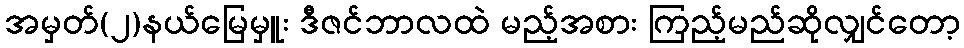
အမှတ်(၂)နယ်မြေမှူး ဒီဇင်ဘာလထဲ မည့်အစား ကြည့်မည်ဆိုလျှင်တော့